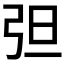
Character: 𰐔